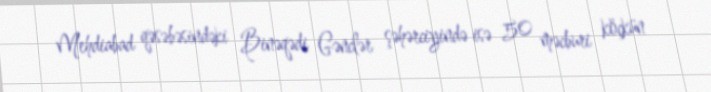
Mehdiabad qəsəbəsindəki Binəqədi Gənclər şəhərciyində isə 50 məcburi köçkün